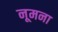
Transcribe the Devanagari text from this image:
नूमना